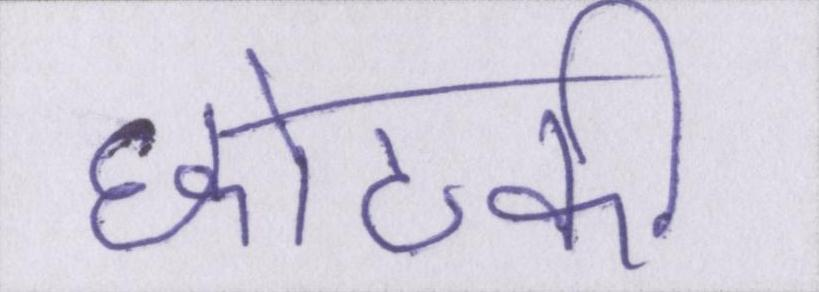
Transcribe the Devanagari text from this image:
छोटकी